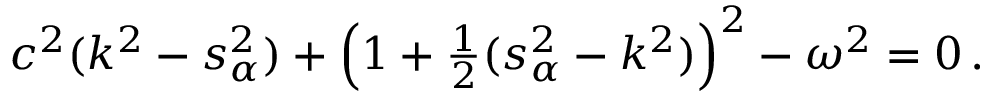
\begin{array} { r } { c ^ { 2 } ( k ^ { 2 } - s _ { \alpha } ^ { 2 } ) + \left( 1 + \frac { 1 } { 2 } ( s _ { \alpha } ^ { 2 } - k ^ { 2 } ) \right) ^ { 2 } - \omega ^ { 2 } = 0 \, . } \end{array}